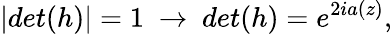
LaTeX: |det(h)|=1~\rightarrow~det(h)=e^{2ia(z)},